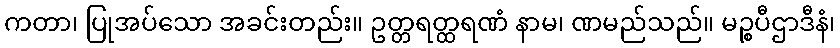
ကတာ၊ ပြုအပ်သော အခင်းတည်း။ ဥတ္တရတ္ထရဏံ နာမ၊ ဏမည်သည်။ မဉ္စပီဌာဒီနံ၊